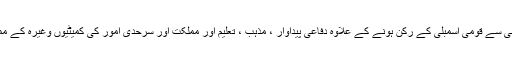
انیس سو اٹھاسی سے قومی اسمبلی کے رکن ہونے کے علاوہ دفاعی پیداوار ، مذہب ، تعلیم اور مملکت اور سرحدی امور کی کمیٹیوں وغیرہ کے ممبر رہے ہیں ۔